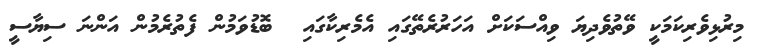
މިރުޅިވެރިކަމަކީ ވޭތުވެދިޔަ ވިއްސަކަށް އަހަރުރެތޭގައި އެމެރިކާގައި  ބޮޑުވަމުން ފެތުރެމުން އަންނަ ސިޔާސީ